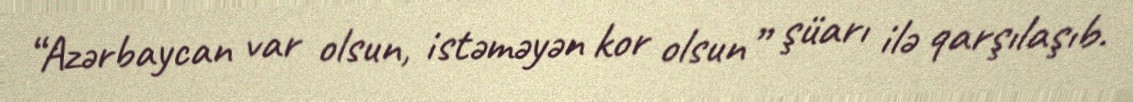
“Azərbaycan var olsun, istəməyən kor olsun” şüarı ilə qarşılaşıb.